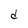
Character: d